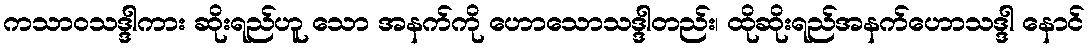
ကသာဝသဒ္ဒါကား ဆိုးရည်ဟူ သော အနက်ကို ဟောသောသဒ္ဒါတည်း၊ ထိုဆိုးရည်အနက်ဟောသဒ္ဒါ နောင်